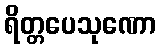
ရိတ္တပေသုဏော